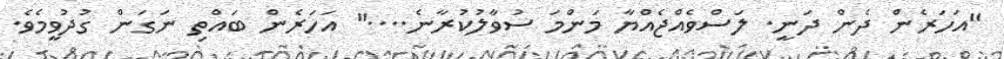
"އަހަރެން ދެން ދަނީ. ލަސްވެއްޖެއްޔާ މަންމަ ސުވާލުކުރާނެ...." އަހަރެން ބައްތި ނަގަން ގުދުވީމެވެ.